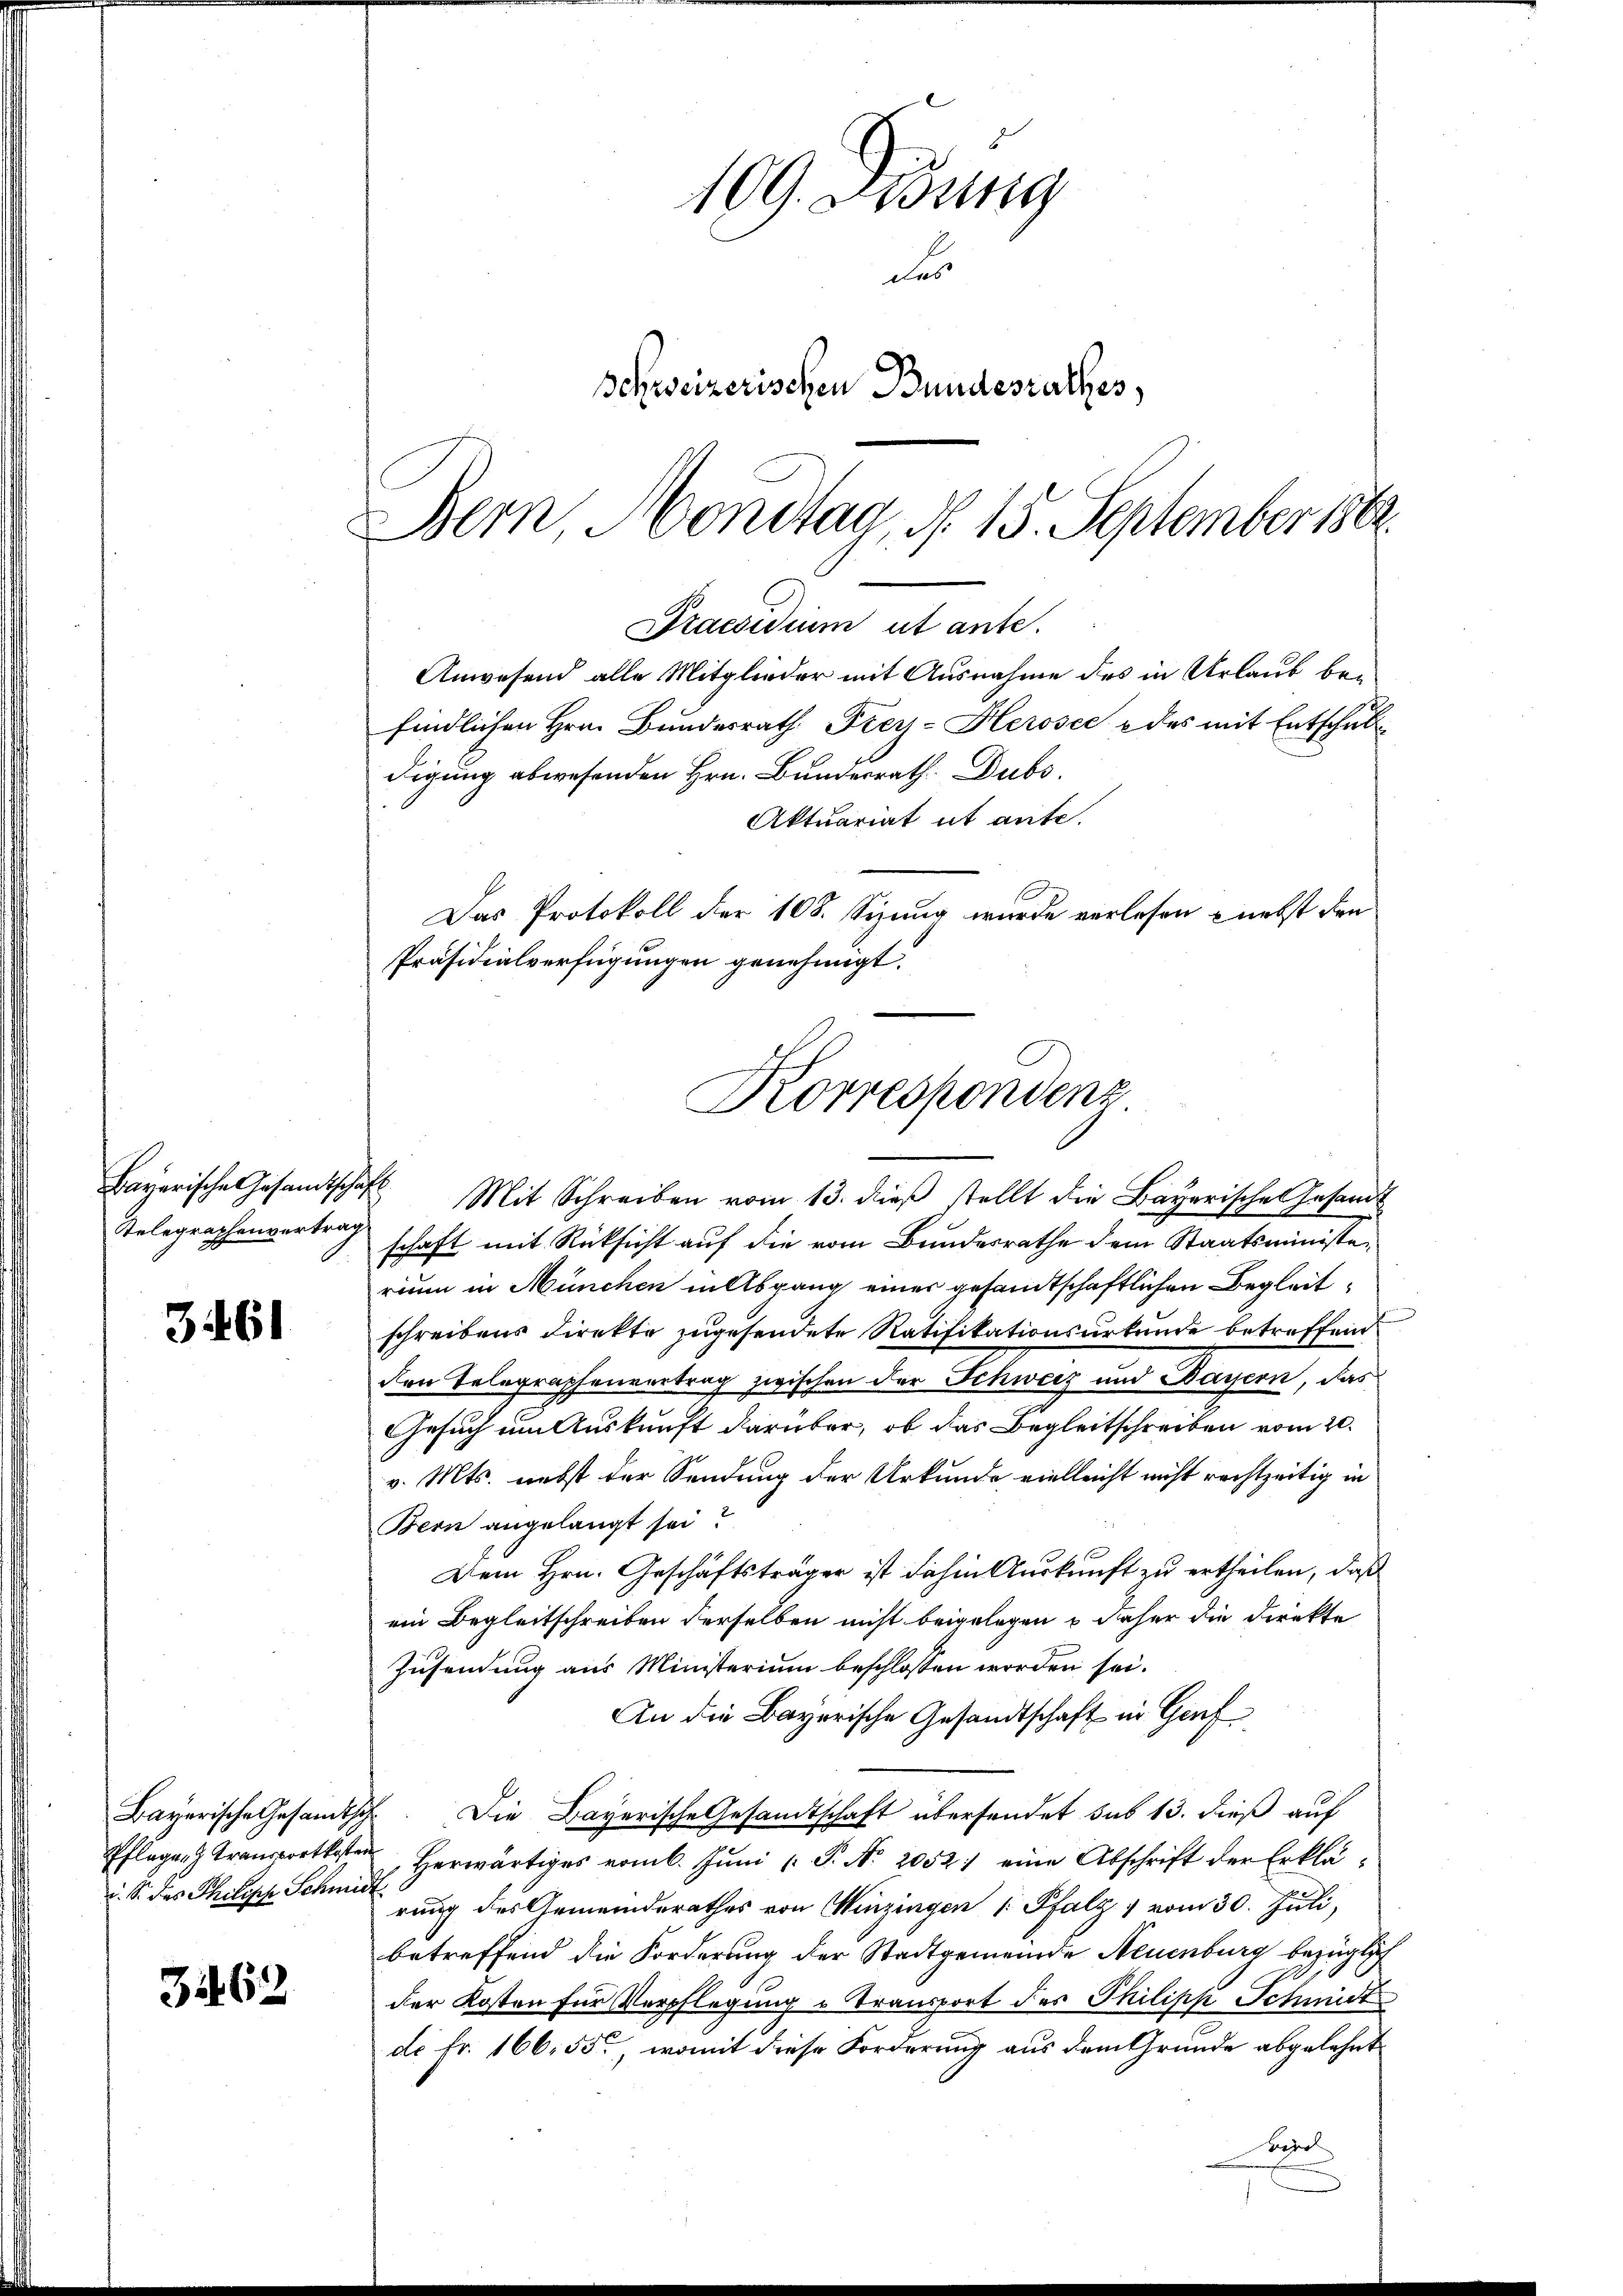
Telegraphenvertrag

3461

Pflegen Transportkoster
i. S. des Philipp Schmir

362

Bern Montag, d. 15. September 189
Praesidium ut ante.

109. Lesung
des
Schweizerischen Bundesrathes,

Anwesend alle Mitglieder mit Ausnahme des in Urlaub beifindlichen Hrn. Bundesrath Frey-Herosec & des mit Entschuldigung abwesenden Hrn. Bundesrath. Dubs
Aktuariat it ante.
Das Protokoll der 108. Sizung wurde verlesen nebst den
Präsidialverfügungen genehmigt.
Korrespondenz

schaft mit Rücksicht auf die vom Bundesrathe dem Staatsministerium in München in Abgang einer gesamtschaftlichen Begleitschreibens Direkte zugesendete Ratifikationsurkunde betreffend
den Telegraphenvertrag zwischen der Schweiz und Bayern, das
Gesuch im Auskunft darüber, ob das Begleitschreiben vom 20.
v. Mts. nebst der Sendung der Urkunde vielleicht nicht rechtzeitig in
Bern angelangt sei?
Dem Hrn. Geschäftsträger ist dahin Auskunft zu ertheilen, daß
ein Begleitschreiben derselben nicht beigelegen u daher die Direkte
Zusendung aus Ministerium beschlossen worden sei.
An die Bayerische Gesandtschaft in Genf
Bayerische Gesandtsch. Die Bayerische Gesandtschaft übersendet sub 13. dieß auf
Herwärtiges vom 6. Juni [ P. Nr. 2052) eine Abschrift der Erklärung des Gemeinderathes von Winzingen (Pfalz & vom 30. Juli,
betreffend die Forderung der Stadtgemeinde Neuenburg bezüglich
der Kosten für Verpflegung u Transport der Philipp Schmidt
de Fr. 166. 55, womit diese Forderung aus dem Gründe abgelehnt
Bierl

Bayerische Gesandtschaft Mit Schreiben vom 13. dieβ stellt die Bayerische Gesandt